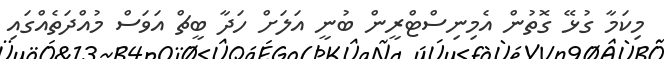
މިކަމާ ގުޅޭ ގޮތުން އެމިނިސްޓްރީން ބުނީ އަލަށް ހަދާ ބީޗް އަވަސް މުއްދަތެއްގައި